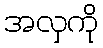
အလှကို